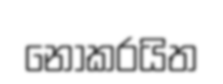
නොකරයිත